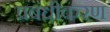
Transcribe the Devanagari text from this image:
प्रबंधीकरण